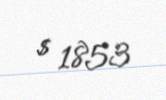
$ 1853